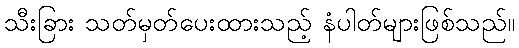
သီးခြား သတ်မှတ်ပေးထားသည့် နံပါတ်များဖြစ်သည်။